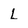
Character: L